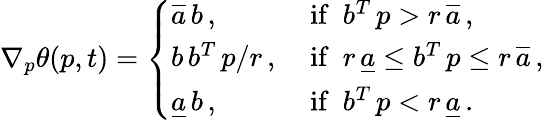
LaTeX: \nabla_{p}\theta(p,t)=\left\{ \begin{array}{ll}{\overline{{a}}\, b\, ,}&{\mathrm{~if\ \ }b^{T}\, p>r\, \overline{{a}}\, ,}\\ {b\, b^{T}\, p/r\, ,}&{\mathrm{~if\ \ }r\, \underline{{a}}\le b^{T}\, p\le r\, \overline{{a}}\, ,}\\ {\underline{{a}}\, b\, ,}&{\mathrm{~if\ \ }b^{T}\, p<r\, \underline{{a}}\, .}\end{array}\right.